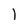
Character: l